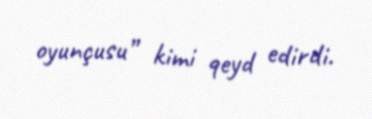
oyunçusu” kimi qeyd edirdi.